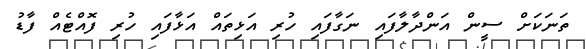
ތަނަކަށް ސީން އަންދާލާފައި ނަގާފައި ހުރި އަޅިތައް އަޅާފައި ހުރި ފޮއްޓެއް ފާޑު